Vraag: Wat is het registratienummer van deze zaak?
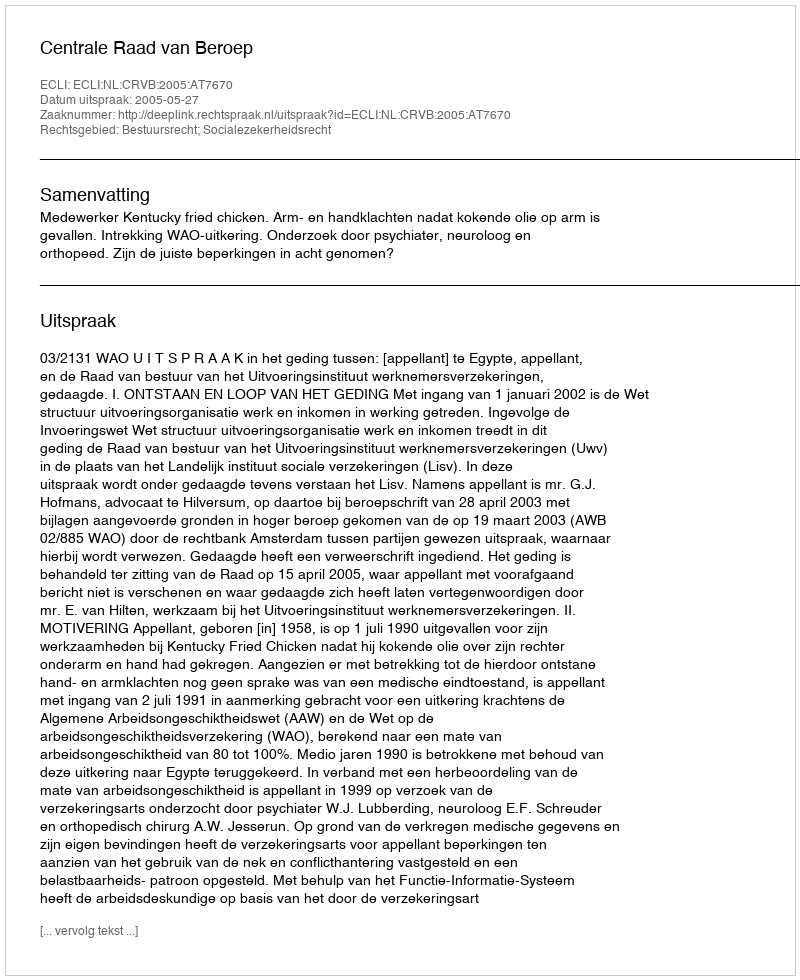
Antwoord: http://deeplink.rechtspraak.nl/uitspraak?id=ECLI:NL:CRVB:2005:AT7670